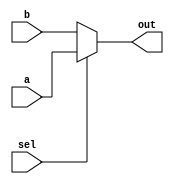
module mux8bus2to1(a,b,sel,out);
input [7:0] a,b;
input sel;
output [7:0] out;
assign out = sel?a:b;
endmodule